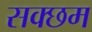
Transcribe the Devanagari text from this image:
सक्छम